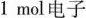
1mol电子